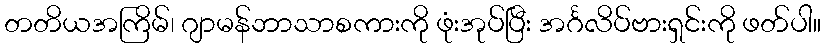
တတိယအကြိမ်၊ ဂျာမန်ဘာသာစကားကို ဖုံးအုပ်ပြီး အင်္ဂလိပ်ဗားရှင်းကို ဖတ်ပါ။